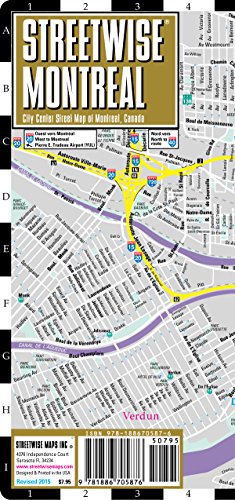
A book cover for Streetwise Montreal Map - Laminated City Center Street Map of Montreal, Canada - Folding pocket size travel map with metro map; Streetwise Maps; Travel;